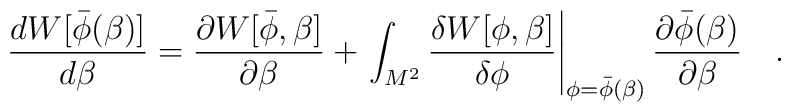
{d W[\bar{\phi}(\beta)]\over d\beta}= {\partial  W[\bar{\phi},\beta]\over\partial 	\beta}+\left.\int_{M^2}{\delta W[\phi,\beta] \over  \delta\phi}\right|_{\phi=\bar{\phi}(\beta)}	{\partial \bar{\phi}(\beta) \over \partial \beta}~~~.